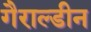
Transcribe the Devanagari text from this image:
गैराल्डीन